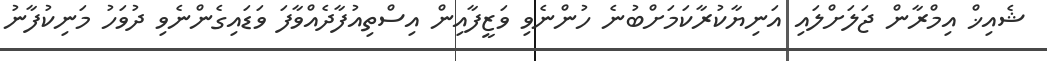
ޝެއިޚް އިމްރާން ޖަލަށްލައި އަނިޔާކުރާކަމަށްބުނެ ހުންނެވި ވަޒީފާއިން އިސްތިއުފާދެއްވާފަ ވަޑައިގެންނެވި ދުވަހު މަނިކުފާނު